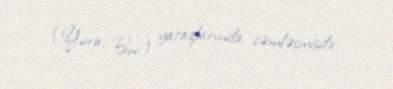
(Yura, Bor) yataqlarında cəmləşmişdir.